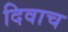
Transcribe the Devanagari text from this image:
दिवाच